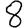
Digit: 8